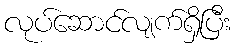
လုပ်ဆောင်လျက်ရှိပြီး